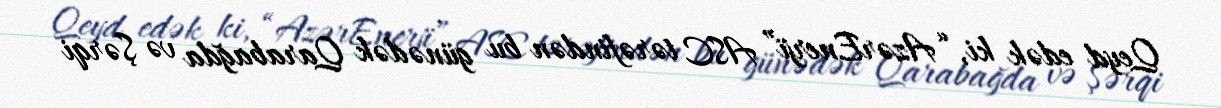
Qeyd edək ki, “AzərEnerji” ASC tərəfindən bu günədək Qarabağda və Şərqi